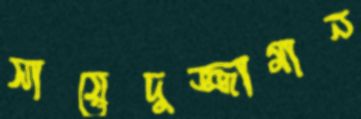
সায়েদুজ্জামান